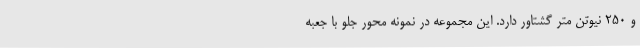
و 250 نیوتن متر گشتاور دارد. این مجموعه در نمونه محور جلو با جعبه